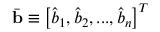
\bar { \mathbf { b } } \equiv { \left[ \hat { b } _ { 1 } , \hat { b } _ { 2 } , . . . , \hat { b } _ { n } \right] ^ { T } }